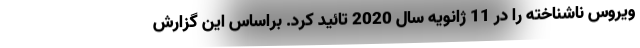
ویروس ناشناخته را در 11 ژانویه سال 2020 تائید کرد. براساس این گزارش